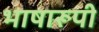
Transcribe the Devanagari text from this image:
भाषारूपी